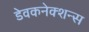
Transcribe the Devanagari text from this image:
डेवकनेक्शन्स